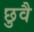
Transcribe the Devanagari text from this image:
छुवै